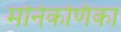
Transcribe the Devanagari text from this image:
मनिकर्णिका